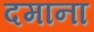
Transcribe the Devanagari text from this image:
दमाना